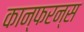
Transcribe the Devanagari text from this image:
कान्फरन्स